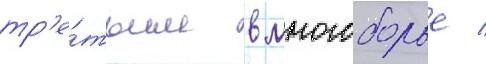
тр'е́тьим в многоборье /